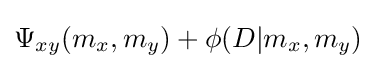
\Psi _{xy}(m_{x},m_{y})+\phi (D|m_{x},m_{y})